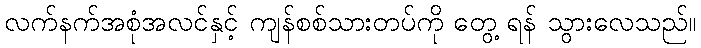
လက်နက်အစုံအလင်နှင့် ကျန်စစ်သားတပ်ကို တွေ့ ရန် သွားလေသည်။